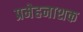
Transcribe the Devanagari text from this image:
प्रमेहनाशक